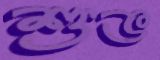
শুভ